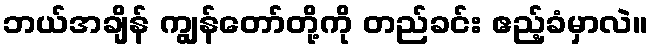
ဘယ်အချိန် ကျွန်တော်တို့ကို တည်ခင်း ဧည့်ခံမှာလဲ။